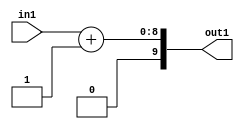
`timescale 1ps / 1ps
/*****************************************************************************
    Verilog RTL Description
    
    
    Created by: Stratus DpOpt 2019.1.01 
*******************************************************************************/

module DC_Filter_Add2i1u8_1 (
	in1,
	out1
	); /* architecture "behavioural" */ 
input [7:0] in1;
output [9:0] out1;
wire [9:0] asc001;

assign asc001 = 
	+(in1)
	+(10'B0000000001);

assign out1 = asc001;
endmodule

/* CADENCE  urfzSwA= : u9/ySgnWtBlWxVPRXgAZ4Og= ** DO NOT EDIT THIS LINE ******/